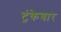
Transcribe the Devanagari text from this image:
ट्रंकेबार